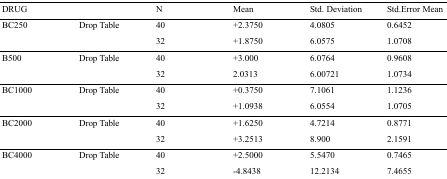
<table><thead><tr><td colspan="2"><b>DRUG</b></td><td><b>N</b></td><td><b>Mean</b></td><td><b>Std. Deviation</b></td><td><b>Std.Error Mean</b></td></tr></thead><tbody><tr><td>BC250</td><td>Drop Table</td><td>4032</td><td>+2.3750+1.8750</td><td>4.08056.0575</td><td>0.64521.0708</td></tr><tr><td>B500</td><td>Drop Table</td><td>4032</td><td>+3.0002.0313</td><td>6.07646.00721</td><td>0.96081.0734</td></tr><tr><td>BC1000</td><td>Drop Table</td><td>4032</td><td>+0.3750+1.0938</td><td>7.10616.0554</td><td>1.12361.0705</td></tr><tr><td>BC2000</td><td>Drop Table</td><td>4032</td><td>+1.6250+3.2513</td><td>4.72148.900</td><td>0.87712.1591</td></tr><tr><td>BC4000</td><td>Drop Table</td><td>4032</td><td>5.547012.2134</td><td>0.74657.4655</td><td>+2.5000-4.8438</td></tr></tbody></table>